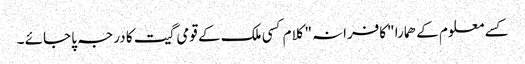
کسے معلوم کے ھمارا "کافرانہ" کلام کسی ملک کے قومی گیت کا درجہ پا جائے ۔